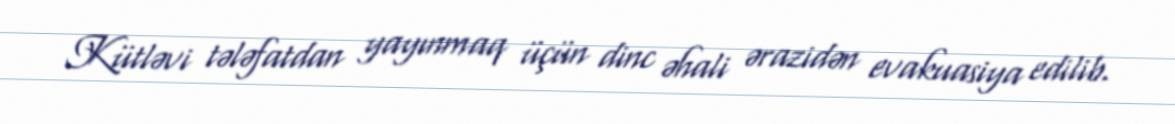
Kütləvi tələfatdan yayınmaq üçün dinc əhali ərazidən evakuasiya edilib.